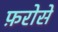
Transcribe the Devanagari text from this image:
फ़रोसे